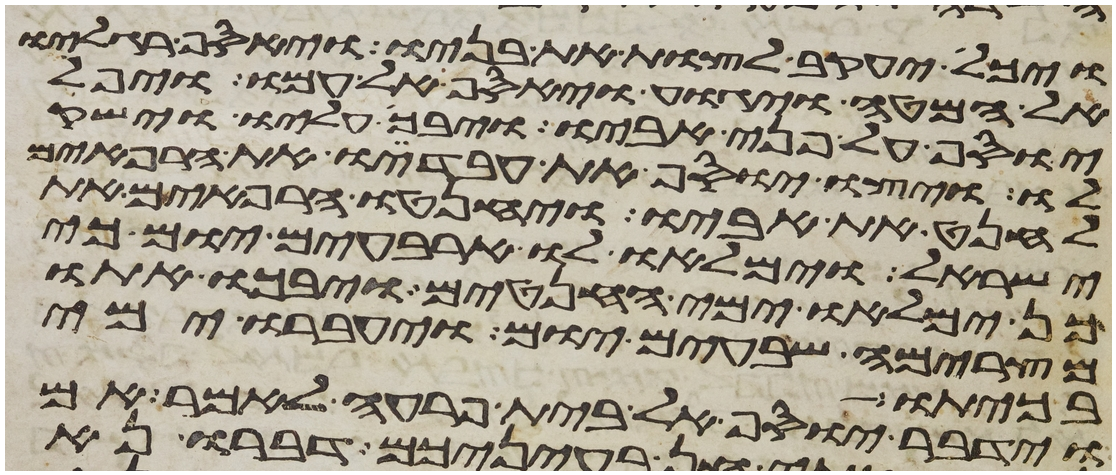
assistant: ויכל יעקב לצות את בניו ויאסף רגליו
אל המטה ויגוע ויאסף אל עמו ויפל
יוסף על פני אביו ויבך עליו וישק
לו ויצו יוסף את עבדיו את הרפאים
לחנט את אביו ויחנטו הרפאים את
ישראל וימלאו לו ארבעים יום כי
כן ימלאו ימי החנטים ויבכו אתו
מצרימה שבעים יום ויעברו ימי
בכיתו
וידבר יוסף אל בית פרעה לאמר אם